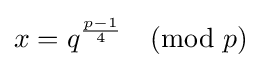
x=q^{\frac {p-1}{4}}{\pmod {p}}